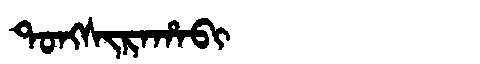
Manchu: ᡨᠣᠩᠰᡳᡵᠠᡥᠠᠪᡳ
Romanization: TONGSIRAHABI